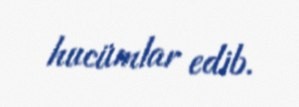
hucümlar edib.